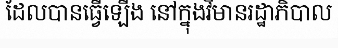
ដែលបានធ្វើឡើង នៅក្នុងវិមានរដ្ឋាភិបាល